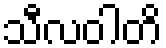
သီလဝါတိ